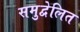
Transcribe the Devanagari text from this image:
समुद्वेलित